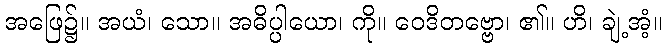
အဖြေ၌။ အယံ၊ သော။ အဓိပ္ပါယော၊ ကို။ ဝေဒိတဗ္ဗော၊ ၏။ ဟိ၊ ချဲ့အံ့။